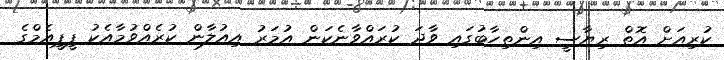
ކުރިއަށް އޮތް ރިޔާސީ އިންތިހާބުގައި ވާދަ ކުރައްވާނެކަން އުމަރު އިއުލާން ކުރެއްވުމާއެކު ޕީޕީއެމްގެ